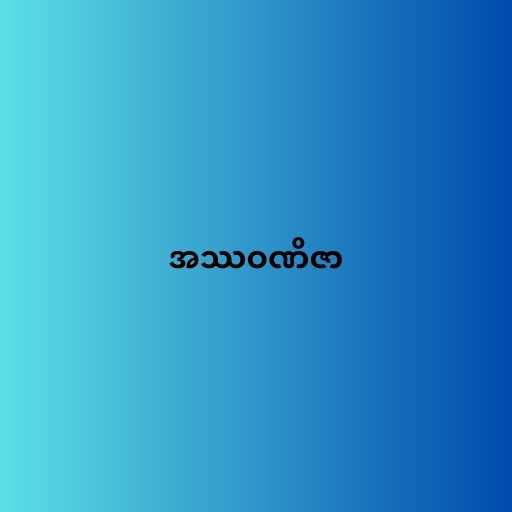
အဿဝဏိဇာ